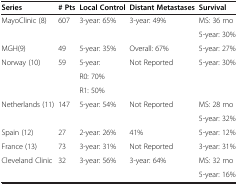
<table><thead><tr><td><b>Series</b></td><td><b># Pts</b></td><td><b>Local Control</b></td><td><b>Distant Metastases</b></td><td><b>Survival</b></td></tr></thead><tbody><tr><td>MayoClinic (8)</td><td>607</td><td>3-year: 65%</td><td>3-year: 49%</td><td>MS: 36 mo</td></tr><tr><td> </td><td> </td><td> </td><td> </td><td>5-year: 30%</td></tr><tr><td>MGH(9)</td><td>49</td><td>5-year: 35%</td><td>Overall: 67%</td><td>5-year: 27%</td></tr><tr><td>Norway (10)</td><td>59</td><td>5-year:</td><td>Not Reported</td><td>5-year: 30%</td></tr><tr><td> </td><td> </td><td>R0: 70%</td><td> </td><td> </td></tr><tr><td> </td><td> </td><td>R1: 50%</td><td> </td><td> </td></tr><tr><td>Netherlands (11)</td><td>147</td><td>5-year: 54%</td><td>Not Reported</td><td>MS: 28 mo</td></tr><tr><td> </td><td> </td><td> </td><td> </td><td>5-year: 32%</td></tr><tr><td>Spain (12)</td><td>27</td><td>2-year: 26%</td><td>41%</td><td>5-year: 12%</td></tr><tr><td>France (13)</td><td>73</td><td>3-year: 31%</td><td>Not Reported</td><td>3-year: 31%</td></tr><tr><td>Cleveland Clinic</td><td>32</td><td>3-year: 56%</td><td>3-year: 64%</td><td>MS: 32 mo</td></tr><tr><td> </td><td> </td><td> </td><td> </td><td>5-year: 16%</td></tr></tbody></table>